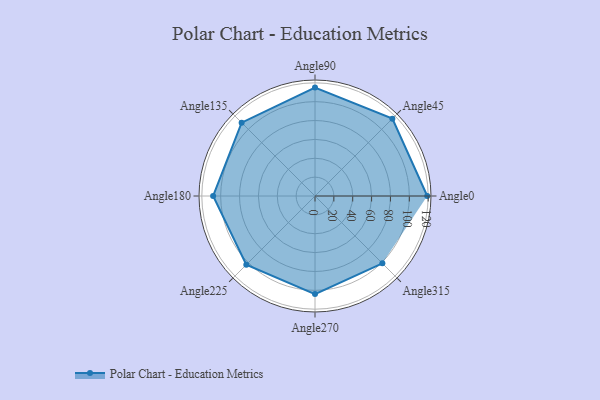
{"axis": {"x": "Angle", "y": "Radius"}, "legend": [""], "data": [{"x": "Angle0", "y": 119.0, "type": ""}, {"x": "Angle45", "y": 116.0, "type": ""}, {"x": "Angle90", "y": 115.0, "type": ""}, {"x": "Angle135", "y": 110.0, "type": ""}, {"x": "Angle180", "y": 108.0, "type": ""}, {"x": "Angle225", "y": 103.0, "type": ""}, {"x": "Angle270", "y": 104.0, "type": ""}, {"x": "Angle315", "y": 101.0, "type": ""}]}